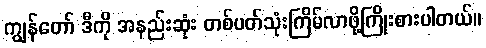
ကျွန်တော် ဒီကို အနည်းဆုံး တစ်ပတ်သုံးကြိမ်လာဖို့ကြိုးစားပါတယ်။